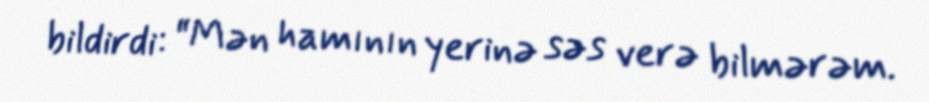
bildirdi: “Mən hamının yerinə səs verə bilmərəm.